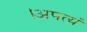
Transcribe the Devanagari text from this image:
।अपत्यं